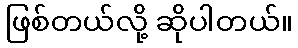
ဖြစ်တယ်လို့ ဆိုပါတယ်။